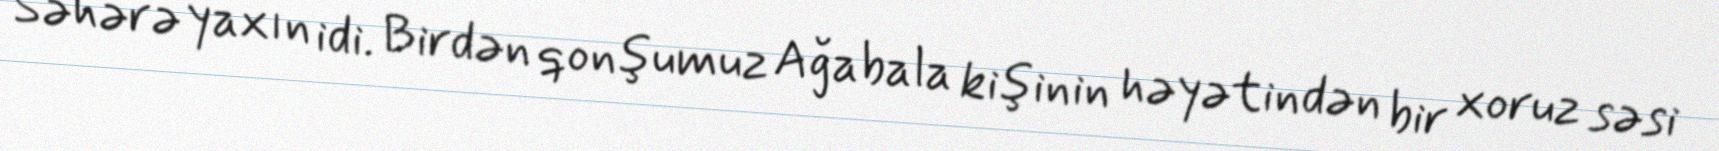
Səhərə yaxın idi. Birdən qonşumuz Ağabala kişinin həyətindən bir xoruz səsi